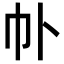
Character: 𫶽